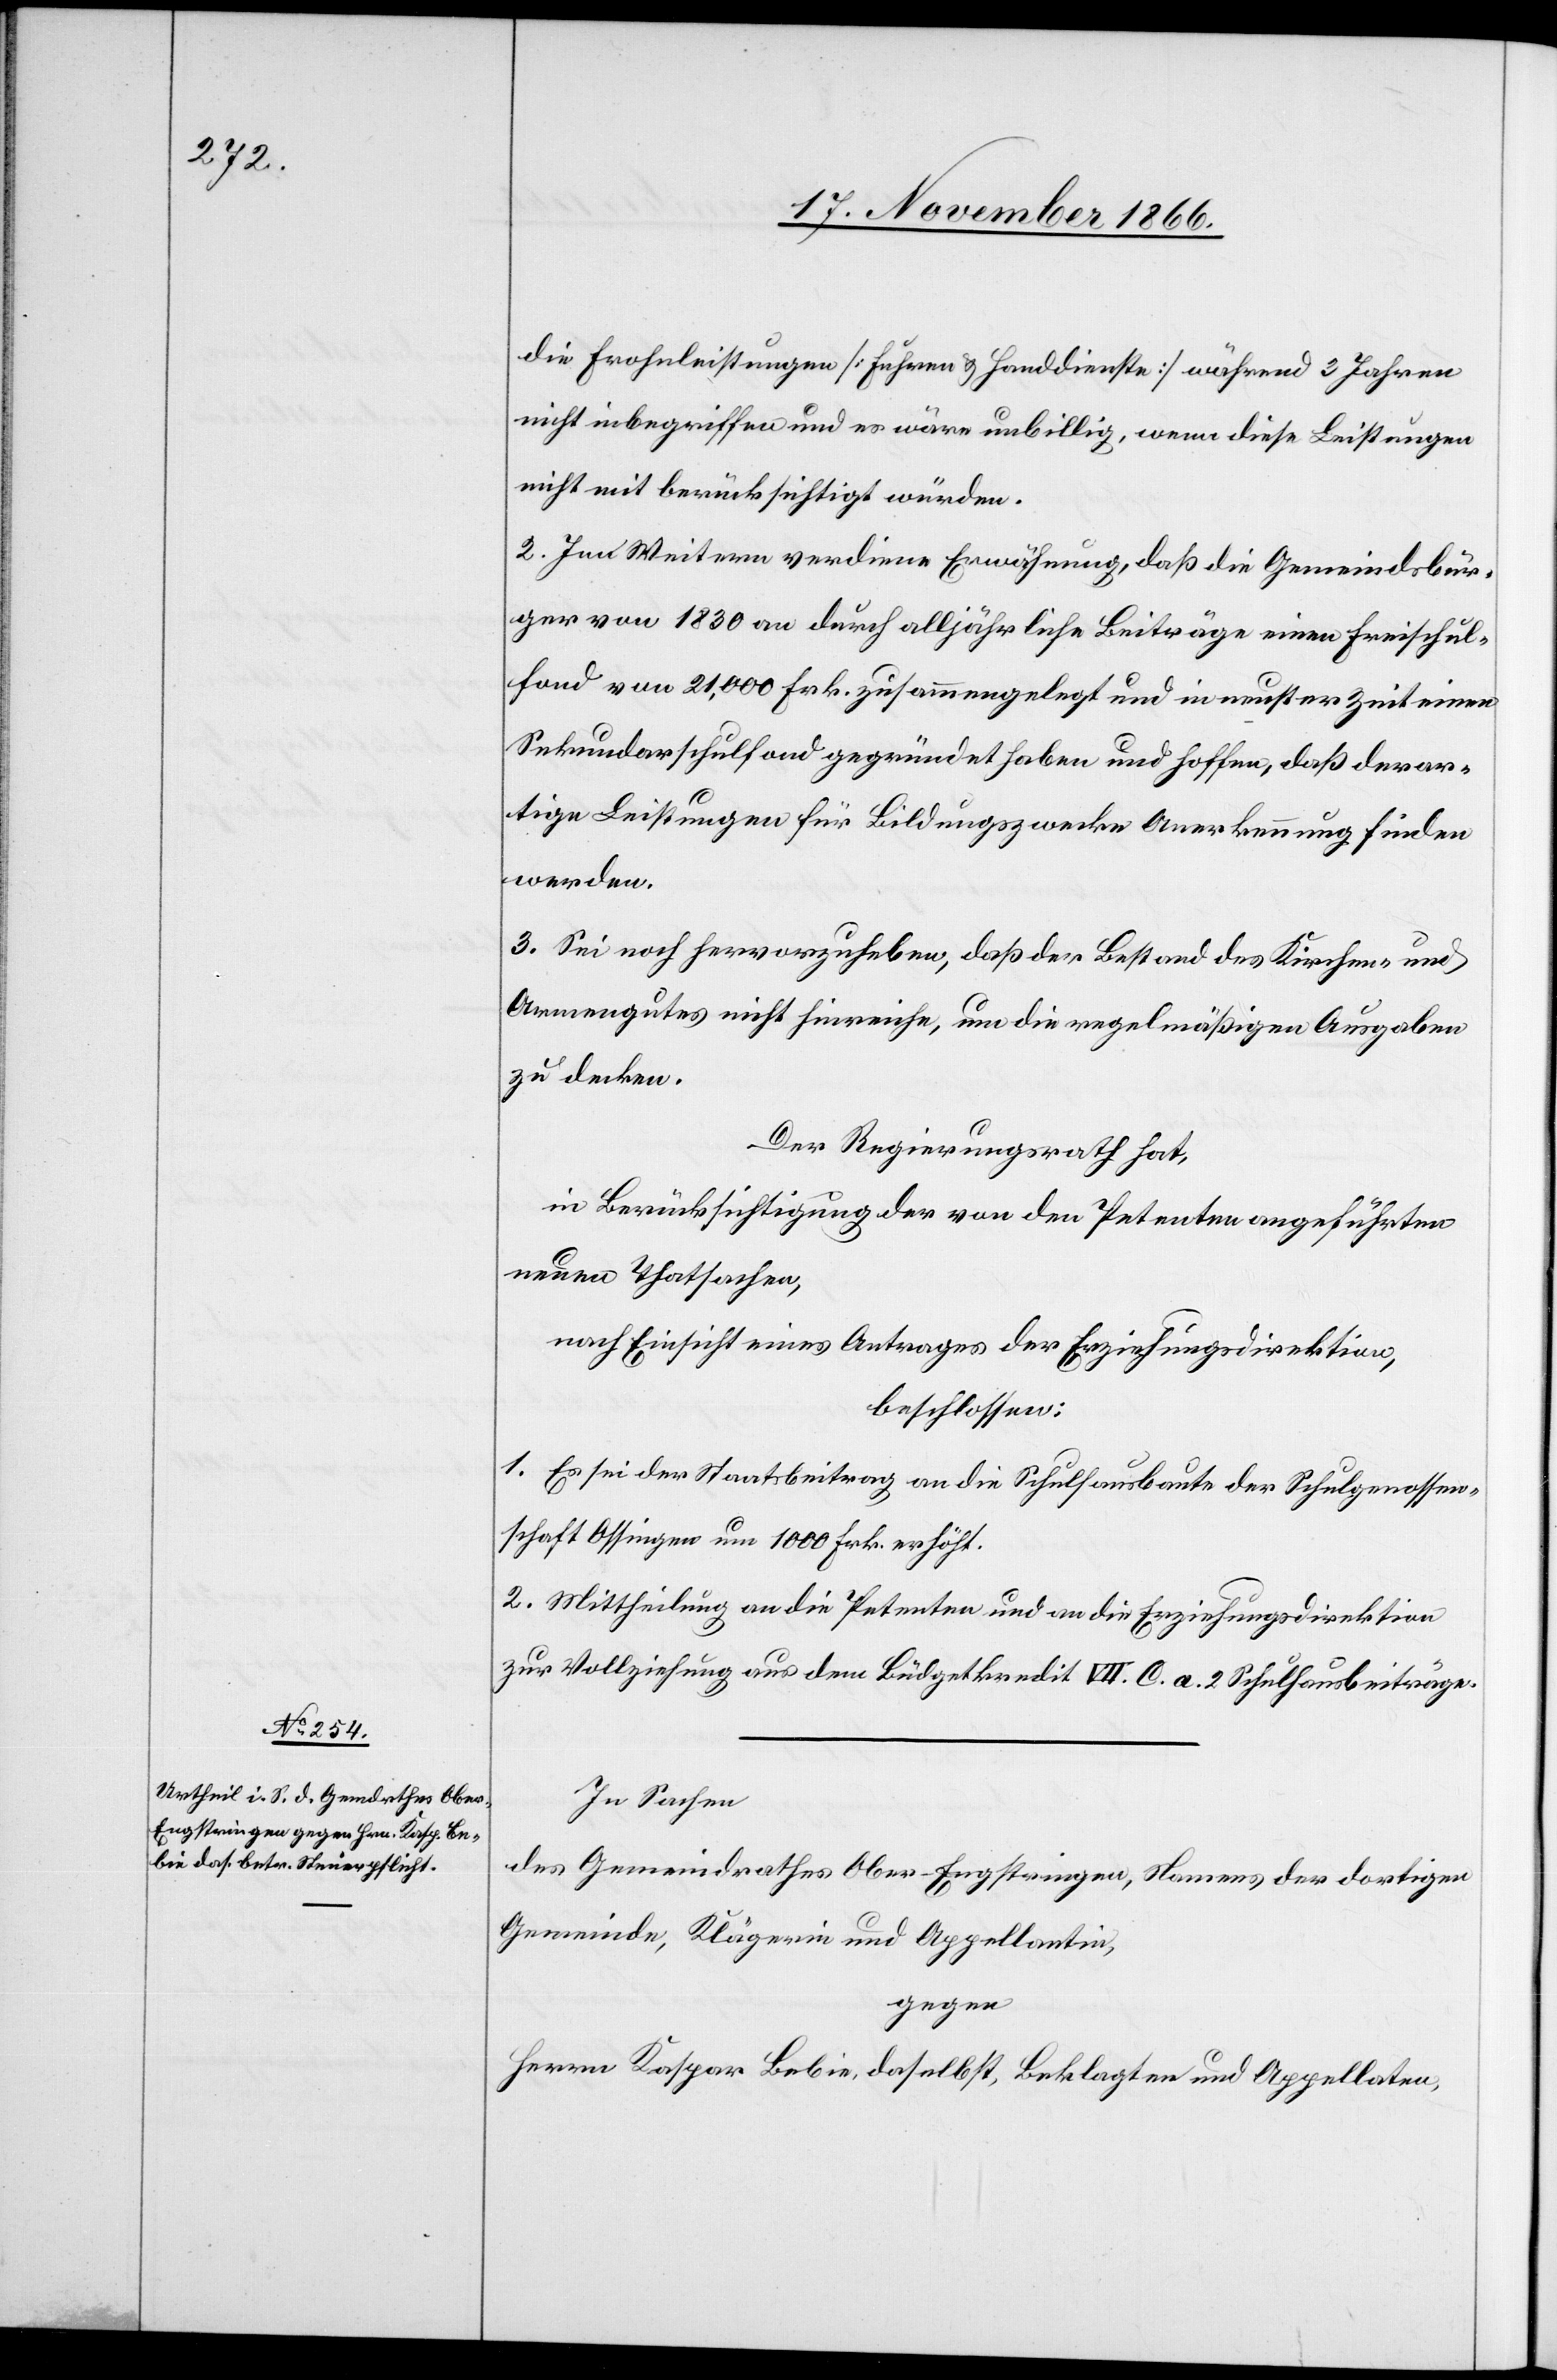
die Frohnleistungen [Fuhren & Handdienste] während 3 Jahren
nicht inbegriffen und es wäre unbillig, wenn diese Leistungen
nicht mit berücksichtigt würden.
2. Im Weitern verdiene Erwähnung, daß die Gemeindsbür¬
ger von 1830 an durch alljährliche Beiträge einen Freischul¬
fond von 21 000 Frk. zusammengelegt und in neuster Zeit einen
Sekundarschulfond gegründet haben und hoffen, daß derar¬
tige Leistungen für Bildungszwecke Anerkennung finden
werden.
3. Sei noch hervorzuheben, daß der Bestand des Kirchen- und
Armengutes nicht hinreiche, um die regelmäßigen Ausgaben
zu decken.
Der Regierungsrath hat,
in Berücksichtigung der von den Petenten angeführten
neuen Thatsachen,
nach Einsicht eines Antrages der Erziehungsdirektion,
beschlossen:
1. Es sei der Staatsbeitrag an die Schulhausbaute der Schulgenossen¬
schaft Ossingen um 1000 Frk. erhöht.
2. Mittheilung an die Petenten und an die Erziehungsdirektion
zur Vollziehung aus dem Büdgetkredit VII. C. a. 2 Schulhausbeiträge.
In Sachen
des Gemeindrathes Ober-Engstringen, Namens der dortigen
Gemeinde, Klägerin und Appellantin,
gegen
Herrn Kaspar Bebie, daselbst, Beklagten und Appellaten,